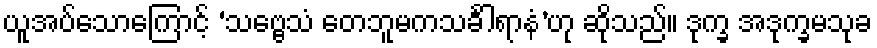
ယူအပ်သောကြောင့် ‘သဗ္ဗေသံ တေဘူမကသင်္ခါရာနံ’ဟု ဆိုသည်။ ဒုက္ခ အဒုက္ခမသုခ